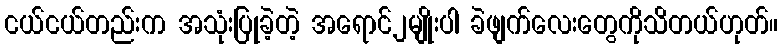
ငယ်ငယ်တည်းက အသုံးပြုခဲ့တဲ့ အရောင်၂မျိုးပါ ခဲဖျက်လေးတွေကိုသိတယ်ဟုတ်။